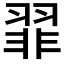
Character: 𫅪